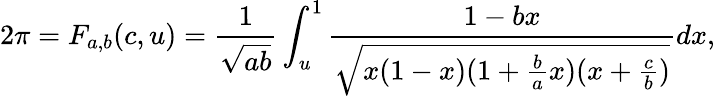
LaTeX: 2\pi=F_{a,b}(c,u)=\frac{1}{\sqrt{ab}}\int_{u}^{1}\frac{1-bx}{\sqrt{x(1-x)(1+\frac{b}{a}x)(x+\frac{c}{b})}}dx,